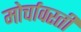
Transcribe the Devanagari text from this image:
मोर्चावरती